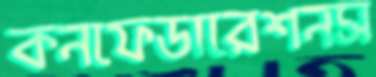
কনফেডারেশনস